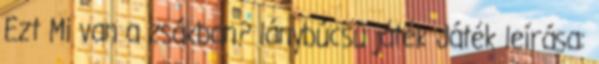
Ezt Mi van a zsákban? lánybúcsú játék Játék leírása: